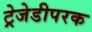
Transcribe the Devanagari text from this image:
ट्रेजेडीपरक